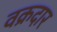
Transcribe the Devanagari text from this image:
वक्रदार